Indian journal of veterinary science and animal husbandry - Volumes 24-25, 1954-1955
Year: 1954
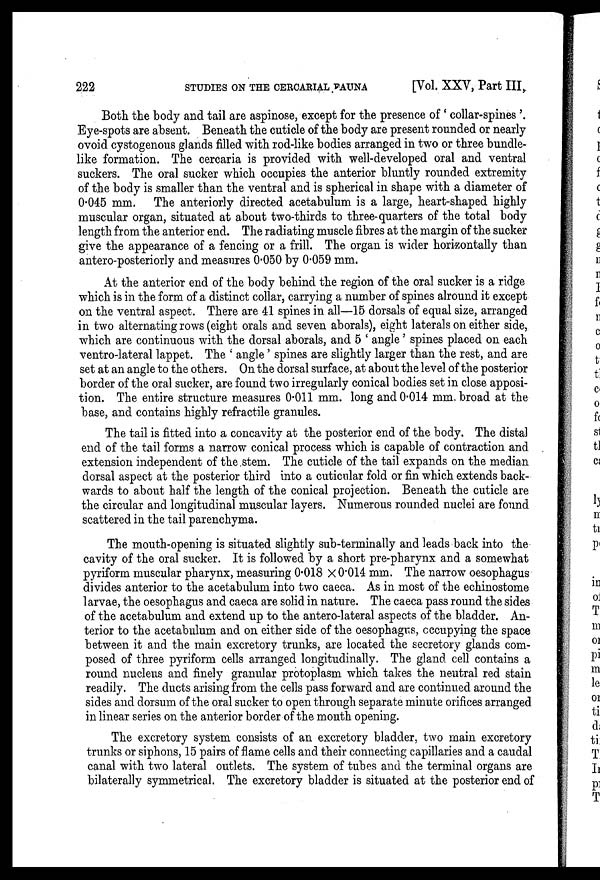
222 STUDIES ON THE CERCARIAL FAUNA [Vol. XXV, Part III,
Both the body and tail are aspinose, except for the presence of 'collar-spines'.
Eye-spots are absent. Beneath the cuticle of the body are present rounded or nearly
ovoid cystogenous glands filled with rod-like bodies arranged in two or three bundle-
like formation. The cercaria is provided with well-developed oral and ventral
suckers. The oral sucker which occupies the anterior bluntly rounded extremity
of the body is smaller than the ventral and is spherical in shape with a diameter of
0.045 mm. The anteriorly directed acetabulum is a large, heart-shaped highly
muscular organ, situated at about two-thirds to three-quarters of the total body
length from the anterior end. The radiating muscle fibres at the margin of the sucker
give the appearance of a fencing or a frill. The organ is wider horizontally than
antero-posteriorly and measures 0.050 by 0.059 mm.
At the anterior end of the body behind the region of the oral sucker is a ridge
which is in the form of a distinct collar, carrying a number of spines alround it except
on the ventral aspect. There are 41 spines in all—15 dorsals of equal size, arranged
in two alternating rows (eight orals and seven aborals), eight laterals on either side,
which are continuous with the dorsal aborals, and 5 'angle' spines placed on each
ventro-lateral lappet. The 'angle' spines are slightly larger than the rest, and are
set at an angle to the others. On the dorsal surface, at about the level of the posterior
border of the oral sucker, are found two irregularly conical bodies set in close apposi-
tion. The entire structure measures 0.011 mm. long and 0.014 mm. broad at the
base, and contains highly refractile granules.
The tail is fitted into a concavity at the posterior end of the body. The distal
end of the tail forms a narrow conical process which is capable of contraction and
extension independent of the stem. The cuticle of the tail expands on the median
dorsal aspect at the posterior third into a cuticular fold or fin which extends back-
wards to about half the length of the conical projection. Beneath the cuticle are
the circular and longitudinal muscular layers. Numerous rounded nuclei are found
scattered in the tail parenchyma.
The mouth-opening is situated slightly sub-terminally and leads back into the
cavity of the oral sucker. It is followed by a short pre-pharynx and a somewhat
pyriform muscular pharynx, measuring 0.018 X 0.014 mm. The narrow oesophagus
divides anterior to the acetabulum into two caeca. As in most of the echinostome
larvae, the oesophagus and caeca are solid in nature. The caeca pass round the sides
of the acetabulum and extend up to the antero-lateral aspects of the bladder. An-
terior to the acetabulum and on either side of the oesophagus, occupying the space
between it and the main excretory trunks, are located the secretory glands com-
posed of three pyriform cells arranged longitudinally. The gland cell contains a
round nucleus and finely granular protoplasm which takes the neutral red stain
readily. The ducts arising from the cells pass forward and are continued around the
sides and dorsum of the oral sucker to open through separate minute orifices arranged
in linear series on the anterior border of the mouth opening.
The excretory system consists of an excretory bladder, two main excretory
trunks or siphons, 15 pairs of flame cells and their connecting capillaries and a caudal
canal with two lateral outlets. The system of tubes and the terminal organs are
bilaterally symmetrical. The excretory bladder is situated at the posterior end of